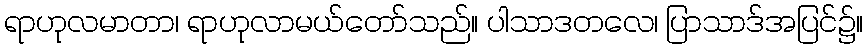
ရာဟုလမာတာ၊ ရာဟုလာမယ်တော်သည်။ ပါသာဒတလေ၊ ပြာသာဒ်အပြင်၌။